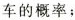
车的概率；